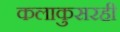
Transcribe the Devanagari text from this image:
कलाकुसरही